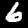
Label: 6